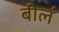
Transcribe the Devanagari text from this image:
बील॔